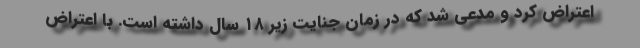
اعتراض کرد و مدعی شد که در زمان جنایت زیر ۱۸ سال داشته است. با اعتراض